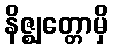
နိဇ္ဈတ္တောမှိ